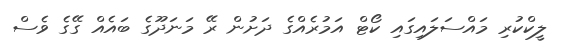
ލީކްކުރި މައްސަލައިގައި ކޯޓް އަމުރެއްގެ ދަށުން ރޭ މަނަދޫގެ ބައެއް ގޭގެ ވެސް